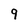
Character: 9